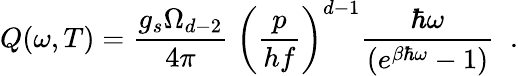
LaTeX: Q(\omega,T)=\frac{g_{s}\Omega_{d-2}}{4\pi}\; \left(\frac{p}{hf}\right)^{d-1}\frac{\hbar\omega}{(e^{\beta\hbar\omega}-1)}\; \; .